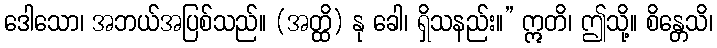
ဒေါသော၊ အဘယ်အပြစ်သည်။ (အတ္ထိ) နု ခေါ၊ ရှိသနည်း။” ဣတိ၊ ဤသို့။ စိန္တေသိ၊